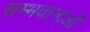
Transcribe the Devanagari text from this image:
सम्भवानाओं